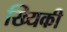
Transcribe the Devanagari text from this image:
ख्यिकी